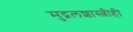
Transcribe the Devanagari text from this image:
मुद्गलशास्त्रीही